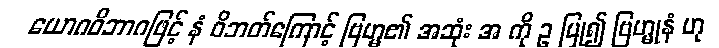
ယောဂဝိဘာဂဖြင့် နံ ဝိဘတ်ကြောင့် ဗြဟ္မ၏ အဆုံး အ ကို ဥ ပြု၍ ဗြဟ္မုနံ ဟု